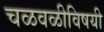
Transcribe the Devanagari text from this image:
चळवळीविषयी